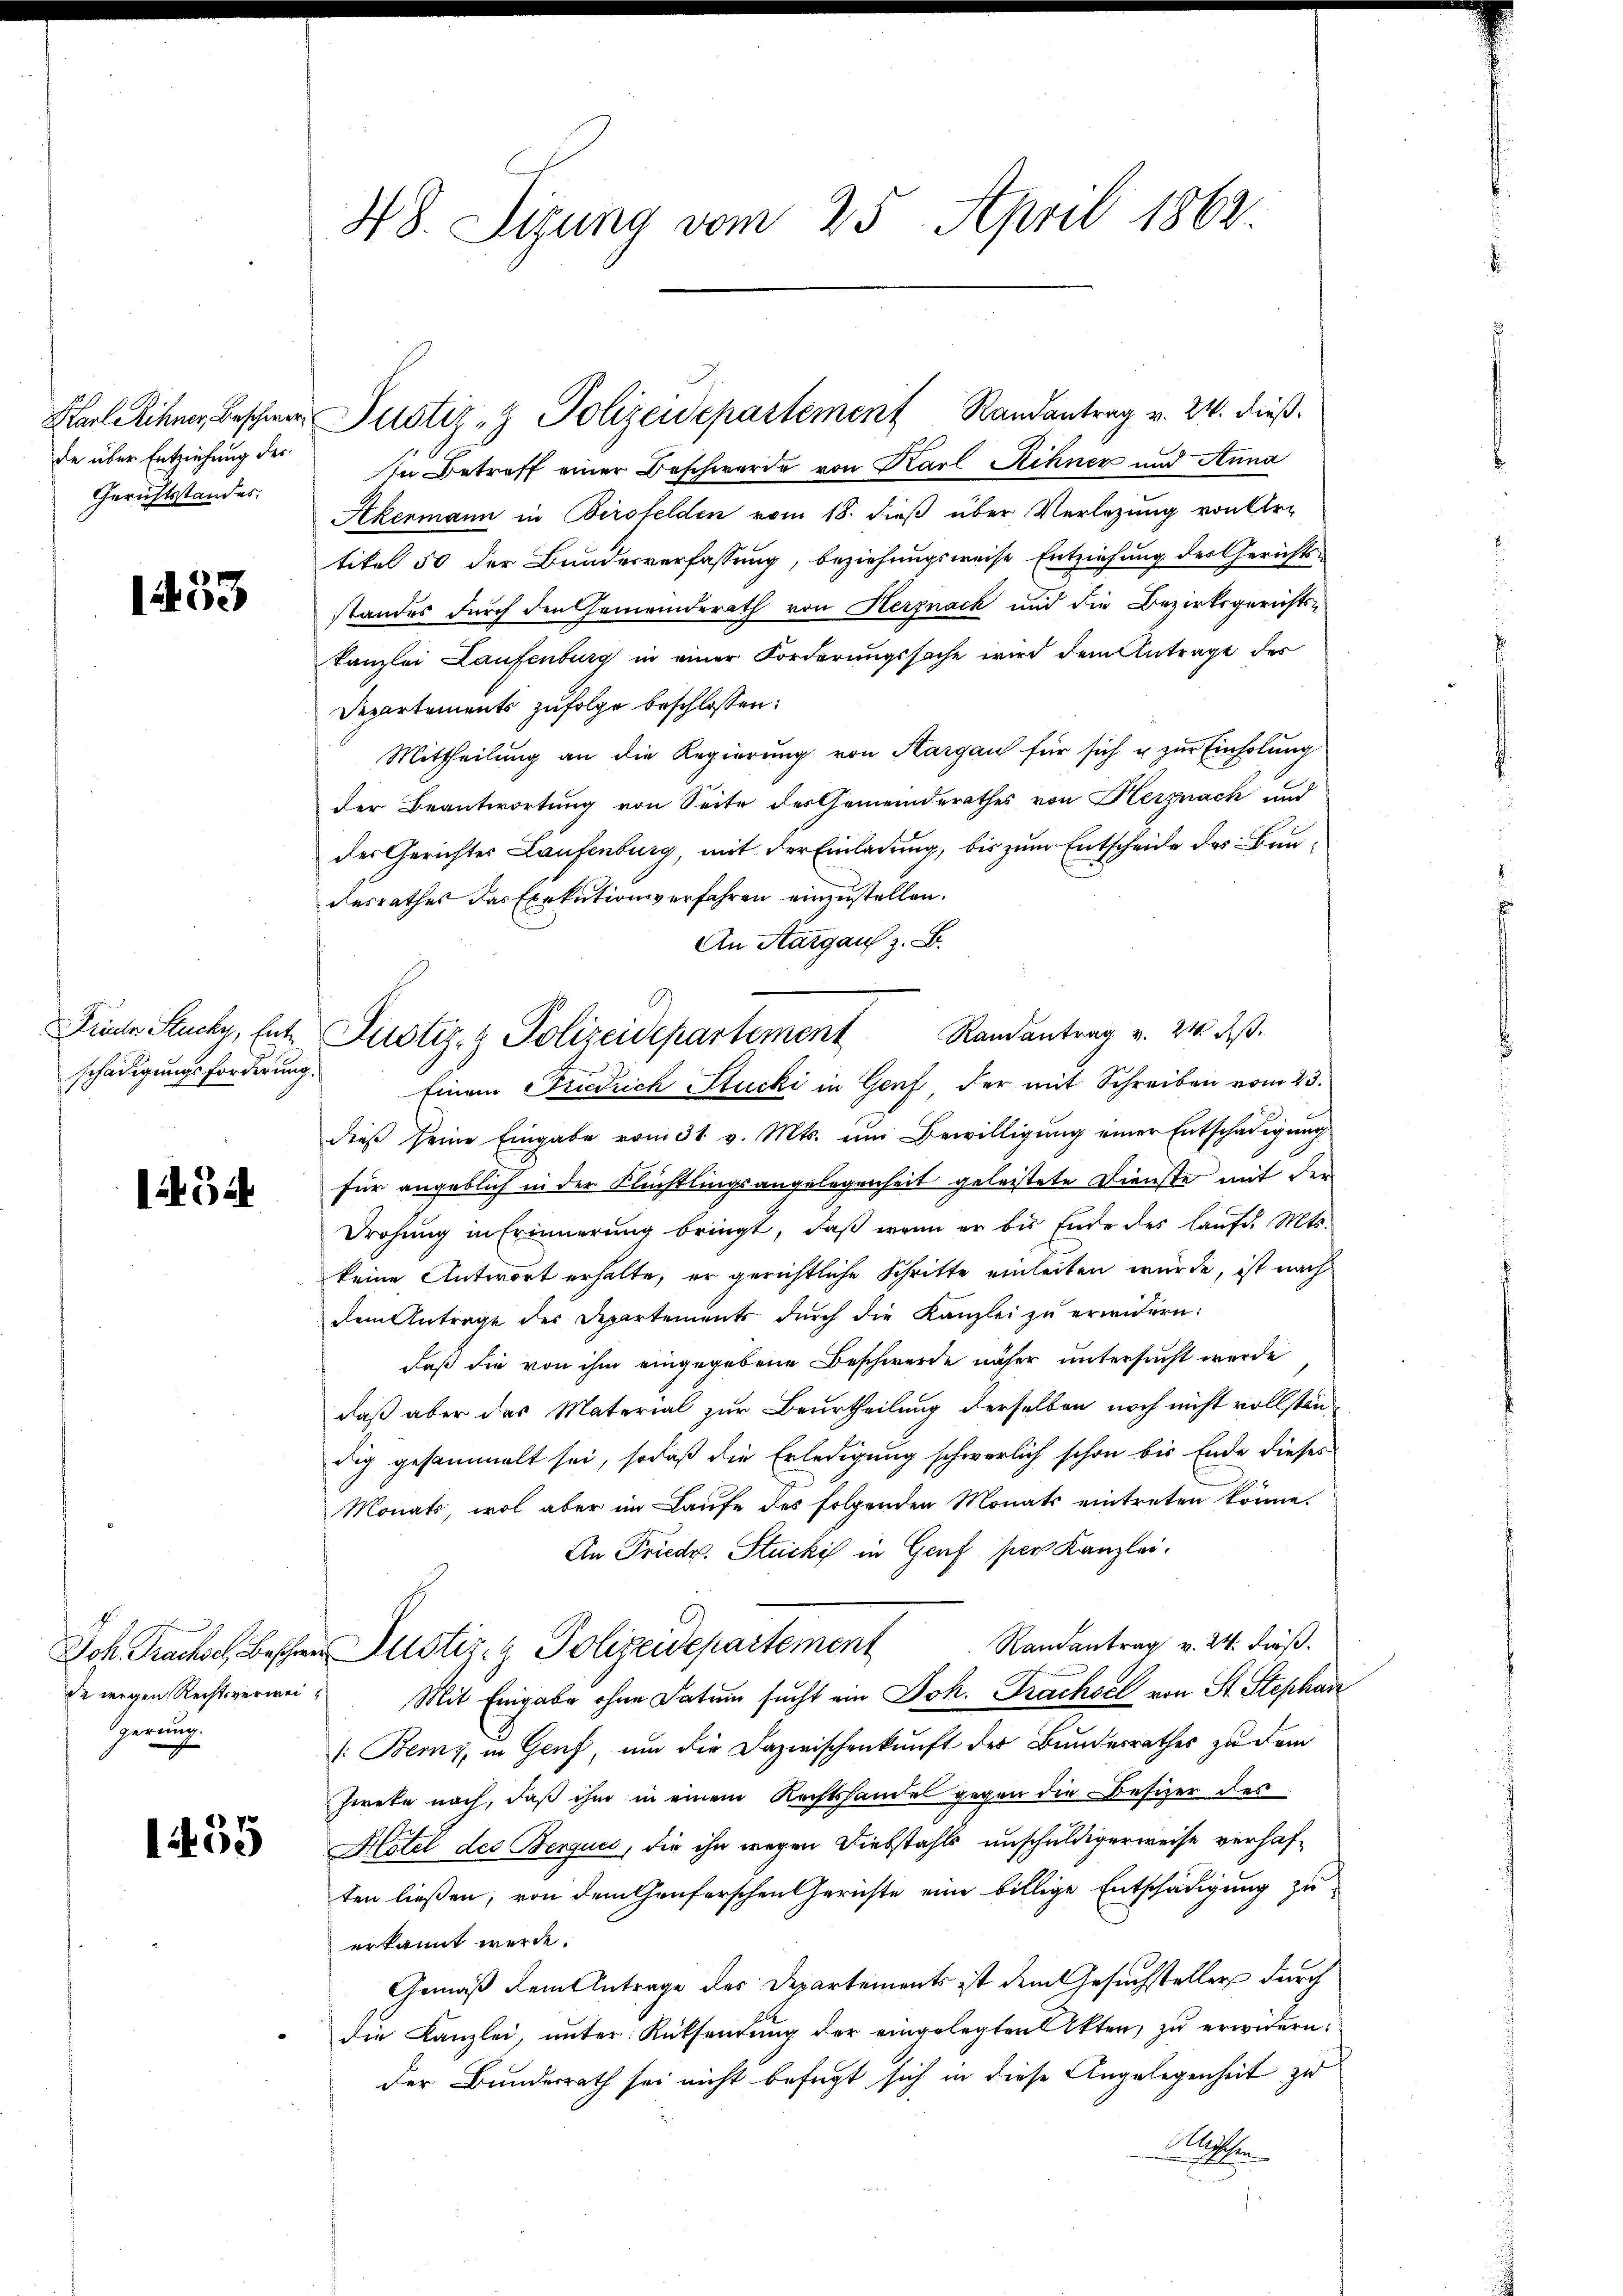
de über Entziehung der
Gerichtsstandes:

1453

In Betreff einer Beschwerde von Karl Rchner und Anna
Akermann in Birsfelden vom 18. dieß über Verletzung von Kirtikel 50 der Bundesverfassung, beziehungsweise Entziehung des Gerichts
standes durch den Gemeinderath von Herznack und die Bezirksgerichts¬
Kanzlei Laufenburg in einer Forderungssache wird dem Antrage des
Departements zufolge beschlossen:
Mittheilung an die Regierung von Aargau für sich u zur Einholung
der Beantwortung von Seite des Gemeinderathes von Herznach und
des Gerichtes Laufenburg, mit der Einladung, bis zum Entscheide des Bundesrathes das Exekutionsverfahren einzustellen.
An Aargaus z. B.
Einem Friedrich Stucki in Genf der mit Schreiben vom 23.
dies seine Eingabe vom 31. v. Mts. um Bewilligŭng einer Entschädigŭng
für angeblich in der Flüchtlingsangelegenheit geleistete Dienste mit der
Drohung in Erinnerung bringt, daβ wenn er bis Ende des laŭfd. Mts.
keine Antwort erhalte, er gerichtliche Schritte einleiten würde, ist nach
dem Antrage der Departements dŭrch die Kanzlei zŭ erwidern:
daß die von ihm eingegebene Beschwerde näher untersucht werde
daß aber das Material zur Beurtheilung derselben noch nicht vollständig gesammelt sei, sodaß die Erledigung schwerlich schon bis Ende dieses
x
Monats, wol aber im Laufe des folgenden Monats eintreten könne.
An Friedr. Stucki in Genf per Kanzlei.
Randantrag v. 24. Fuß.
Joh. Prachsel, Beschen Justiz- & Polizeidepartement
de wegen Rechtsverwei- Mit Eingabe ohne Datum sucht ein Joh. Trachsel von St. Stephan
: Berny, in Genf, um die Dazwischenkunft der Bundesrathes zu dem
Ziete nach, daß ihm in einem Rechtshandel gegen die Besizer des
 Hotel des Berques, die ihn wegen Diebstahls unschuldigerweise verhaften ließen, von dem Genferschen Gerichte eine billige Entschädigung zu
erkannt werde.
Gemäß dem Antrage des Departements ist dem Gesuchsteller durch
die Kanzlei, unter Rücksendung der eingelegten Akten, zu erwidern:
der Bundesrath sei nicht befugt sich in diese Angelegenheit zu
se

schädigungsforderung.

1454

Gerrung.

48. Sizung vom 25. April 1862.

Karl Rinner Beschwer Justiz- & Polizeidepartement Randantrag v. 24. dieß.

Früche Stuck, Ente Justiz- & Polizeidepartement Randantrag v. 24. ds.